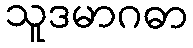
သူဒမာဂဓာ